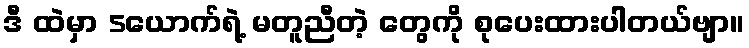
ဒီ ထဲမှာ 5ယောက်ရဲ့ မတူညီတဲ့ တွေကို စုပေးထားပါတယ်ဗျာ။